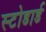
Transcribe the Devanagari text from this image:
स्टोडार्ड